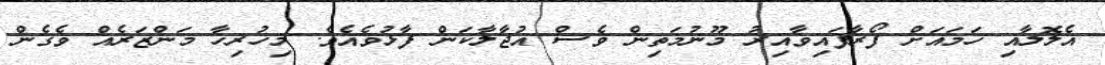
އެލޮލާއި ހަމައަށް ފޯރާފައިވާއިރު މޫނުމަތިން ވެސް އުޖާލާކަން ފާޅުވެއެވެ. މިހުރިހާ މަންޒަރެއް ވެގެން